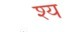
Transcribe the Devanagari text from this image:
श्य